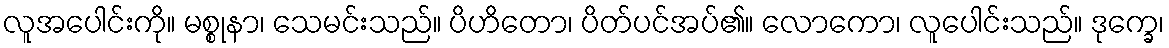
လူအပေါင်းကို။ မစ္စုနာ၊ သေမင်းသည်။ ပိဟိတော၊ ပိတ်ပင်အပ်၏။ လောကော၊ လူပေါင်းသည်။ ဒုက္ခေ၊